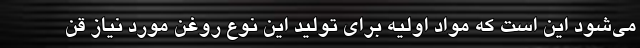
می‌شود این است که مواد اولیه برای تولید این نوع روغن مورد نیاز قن